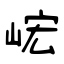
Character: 峵